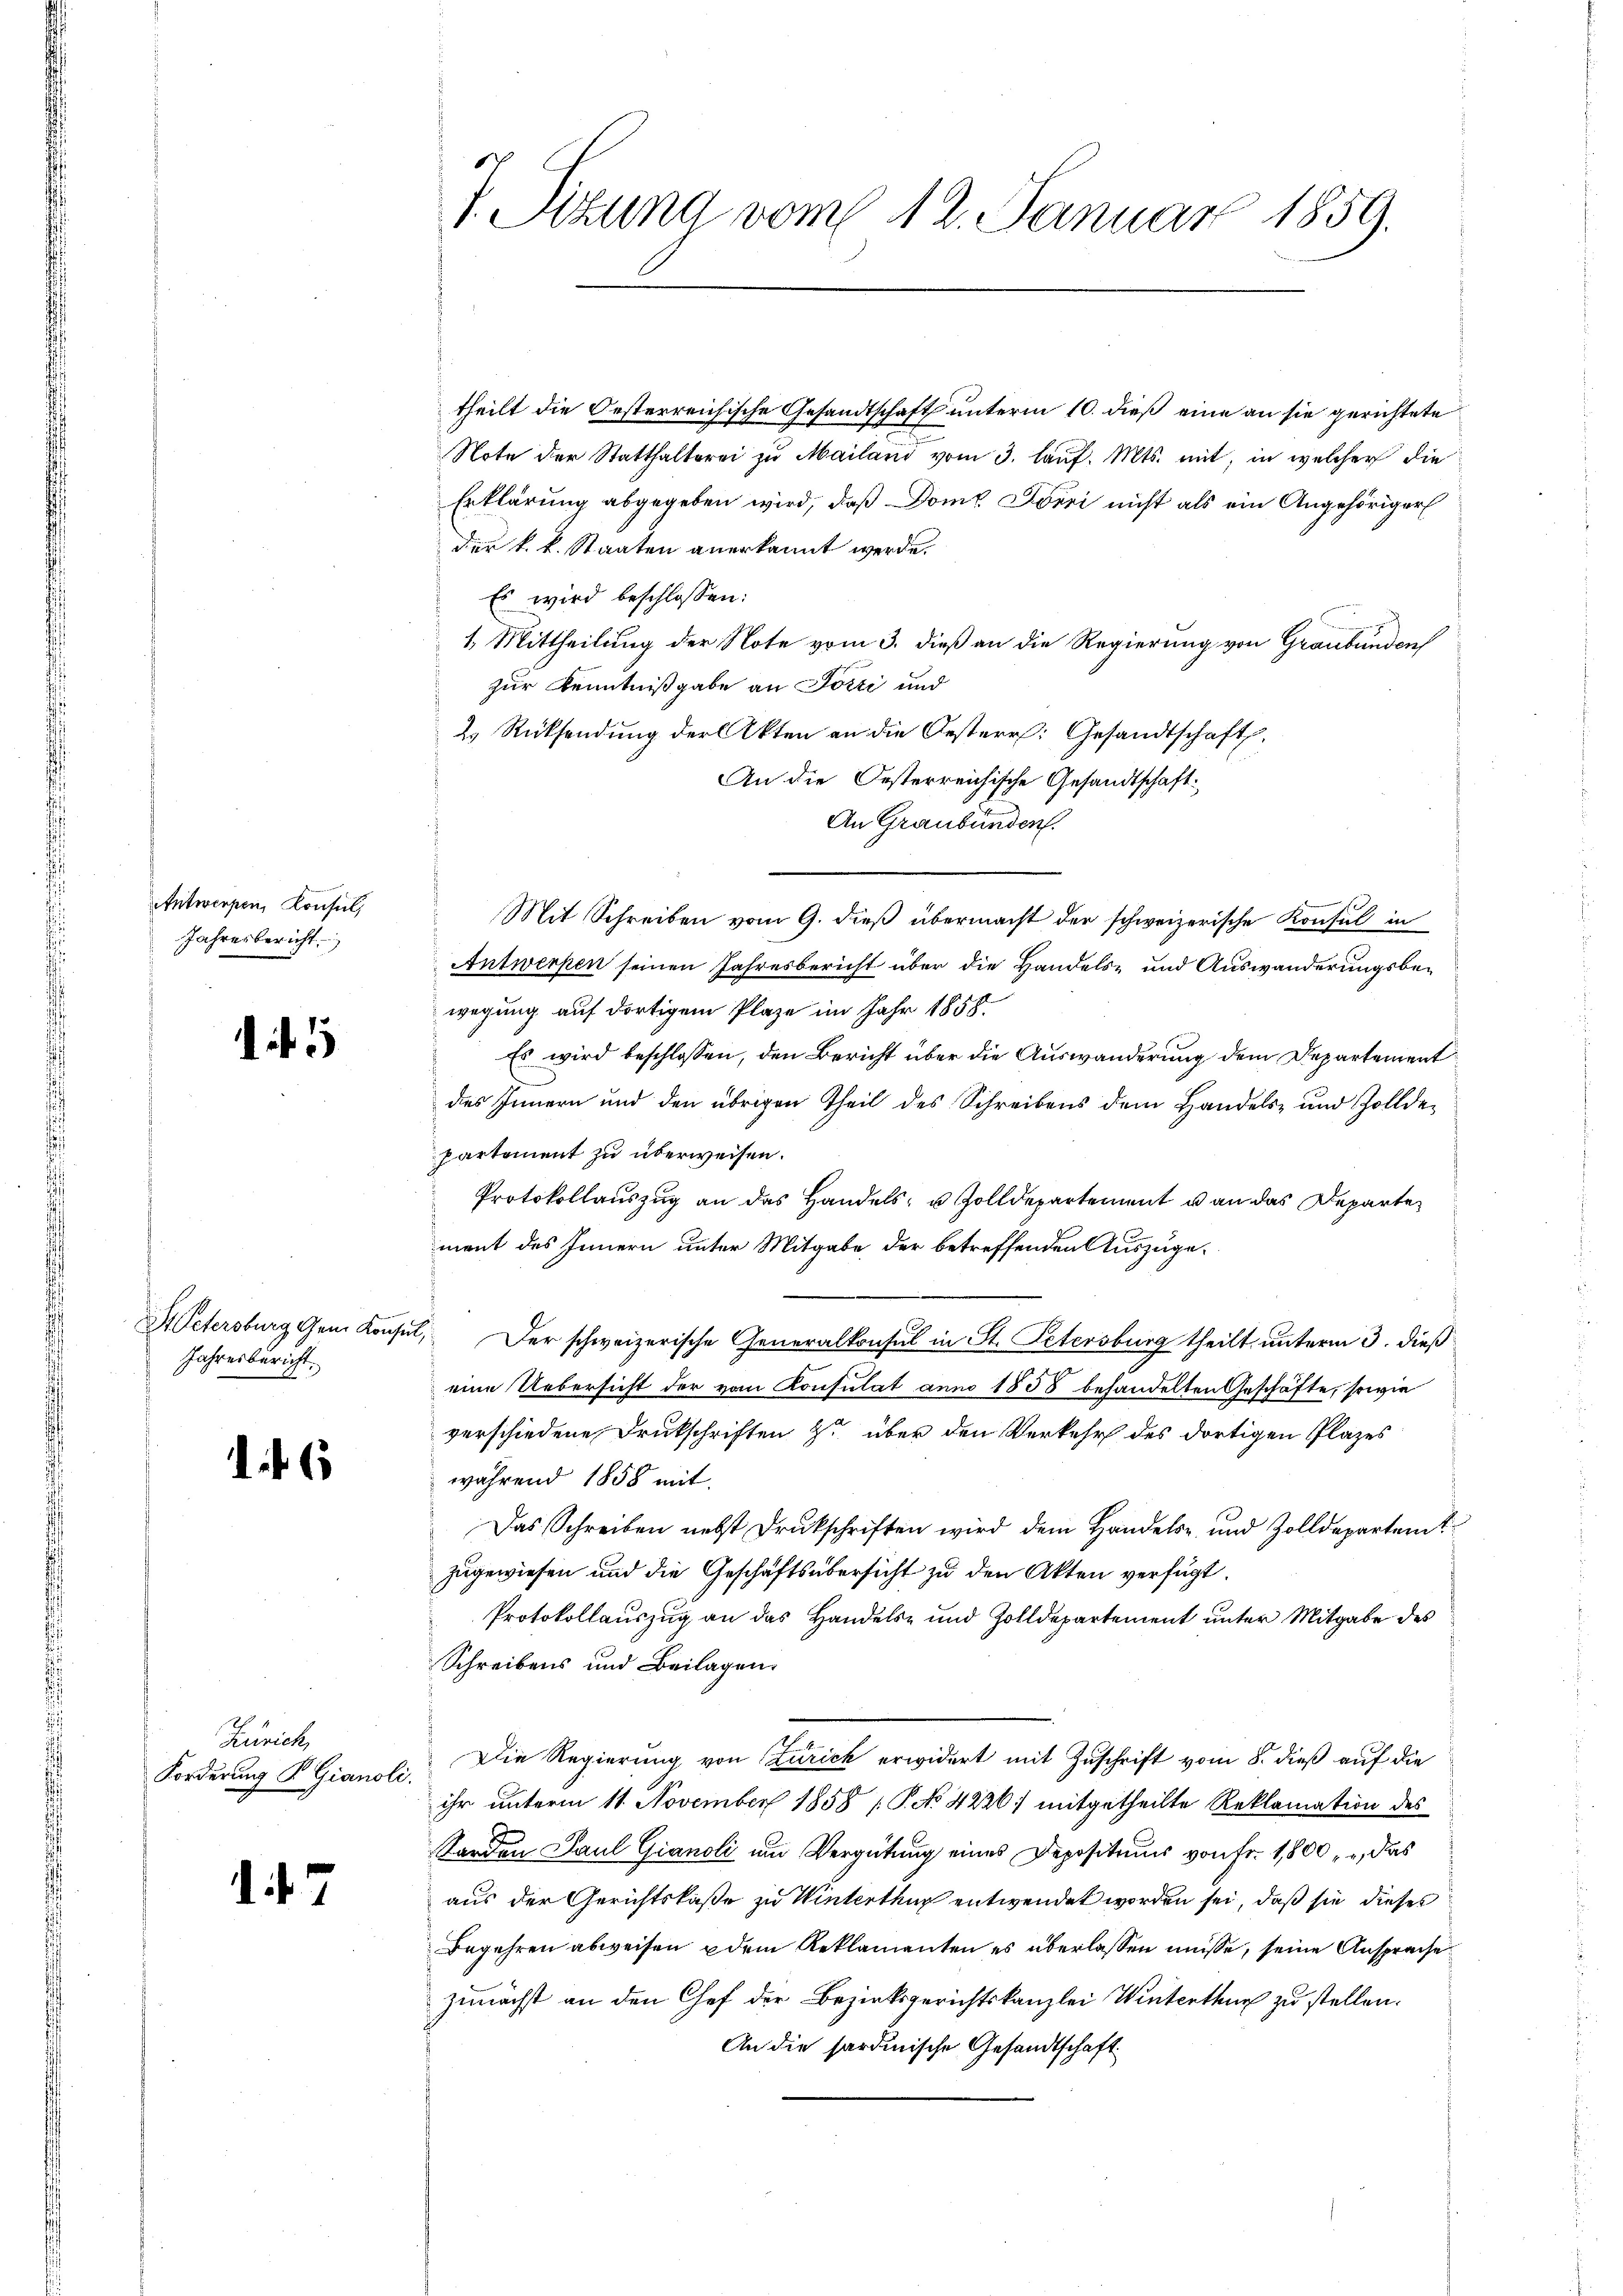
Antwerpen, Konsul,
Jahresbericht

1

I. Petersburg Gem. Konsin
Jahresbericht.

6

Zürich,
Forderung S. Gianoli.

.7

7. Sizung vom 12. Januar 1859.

theilt die Oesterreichische Gesandtschaft unterm 10. dieß eine an sie gerichtete
Note der Statthalterei zu Mailand vom 3. laŭf. Mts. mit, in welcher die
Erklärung abgegeben wird, daß Domt Jörri nicht als ein Angehöriger
der k. k. Staaten anerkannt werde.
Es wird beschlossen:
1. Mittheilung der Note vom 3. dieß an die Regierung von Graubünden
zur Kenntnißgabe an Forti und
2. Rücksendung der Akten an die Oesterr. Gesandtschaft.
An die Oesterreichische Gesandtschaft:
An Graubünden.
Mit Schreiben vom 9. dieß übermacht der schweizerische Konsul in
Antwerpen seinen Jahresbericht über die Handels- und Auswanderungsbewegung auf dortigem Plaze im Jahr 1858.
Es wird beschlossen, den Bericht über die Auswanderung dem Departement
des Innern und den übrigen Theil des Schreibens dem Handels- und Zolldepartement zu überweisen.
Protokollauszug an das Handels- u Zolldepartement u an das Departemant des Innern unter Mitgabe der betreffenden Auszuge¬
 Der schweizerische Generalkonsul in St. Petersburg theilt unterm 3. dieß
eine Uebersicht der vom Konsulat anno 1858 behandelten Geschäfte, sowie
verschiedene Druckschriften zu über den Verkehr des dortigen Plazes
während 1858 mit
Das Schreiben nebst Druckschriften wird dem Handels- und Zolldepartert
zugewiesen und die Geschäftsübersicht zu den Akten verfügt:
Protokollauszug an das Handels- und Zolldepartement unter Mitgabe des
Schreibens und Beilagen.
Die Regierung von Zürich erwidert mit Zuschrift vom 8. dieß auf die
ihr unterm 11. November 1858 / P. No 4226) mitgetheilte Reklamation des
Sorden Paul Gianoli um Vergütung eines Deposituum von Fr. 1,800, das
aus der Gerichtskaße zu Winterthur entwendet worden sei, daß sie dieses
Begehren abweisen dem Reklamanten es überlassen müsse, seine Ansprache
zunächst an den Chef der Bezirksgerichtskanzlei Winterthur zu stellen.
An die sardinische Gesandtschaft